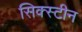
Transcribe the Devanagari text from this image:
सिक्स्टीन